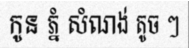
កូន ភ្នំ សំណង់ តូច ៗ